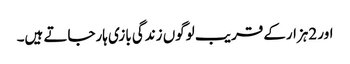
اور 2ہزارکے قریب لوگوں زندگی بازی ہارجاتے ہیں۔